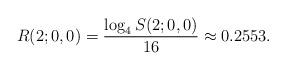
LaTeX: \begin{align*} R(2;0,0) = \frac{\log_4 S(2;0,0)}{16} \approx 0.2553. \end{align*}